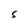
Character: S